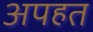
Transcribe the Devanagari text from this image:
अपहत